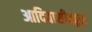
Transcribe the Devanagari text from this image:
आदिवासीबहूल